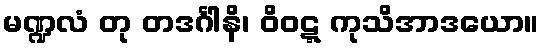
မဏ္ဍလံ တု တဒင်္ဂါနိ၊ ဝိဝဋ္ဋ ကုသိအာဒယော။